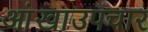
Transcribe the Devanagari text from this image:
आंखाउपचार